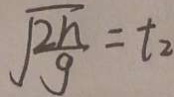
\sqrt { \frac { 2 h } { g } } = t _ { 2 }